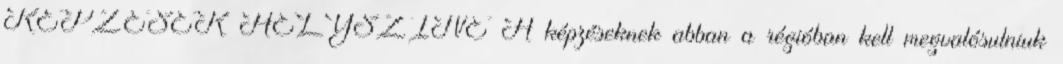
KÉPZÉSEK HELYSZÍNE A képzéseknek abban a régióban kell megvalósulniuk